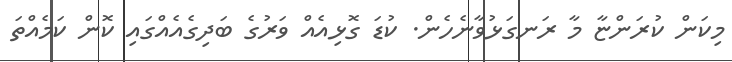
މިކަން ކުރަންޏާ މާ ރަނގަޅުވާނެހެން. ކުޑަ ގޮޅިއެއް ވަރުގެ ބަދިގެއެއްގައި ކޮން ކަމެއްތަ